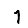
Digit: 1